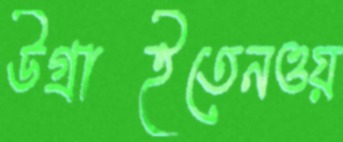
উগ্‌রাইতেনওয়